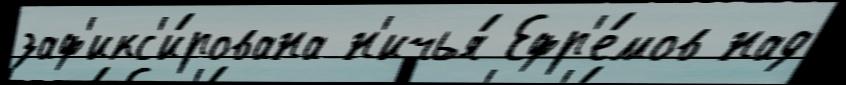
заф'икс'и́рована н'ичья́ Ефр'е́мов над